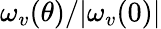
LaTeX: \omega_{v}(\theta)/|\omega_{v}(0)|